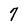
Character: 7